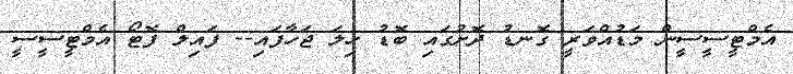
އެމްޓީސީސީން މަޑުއްވަރީ ގޮނޑު ދޮށުގައި ބޮޑު ހިލަ ޖަހާފައި-- ފައިލް ފޮޓޯ އެމްޓީސީސީ